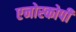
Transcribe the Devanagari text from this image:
एनोस्कोपी